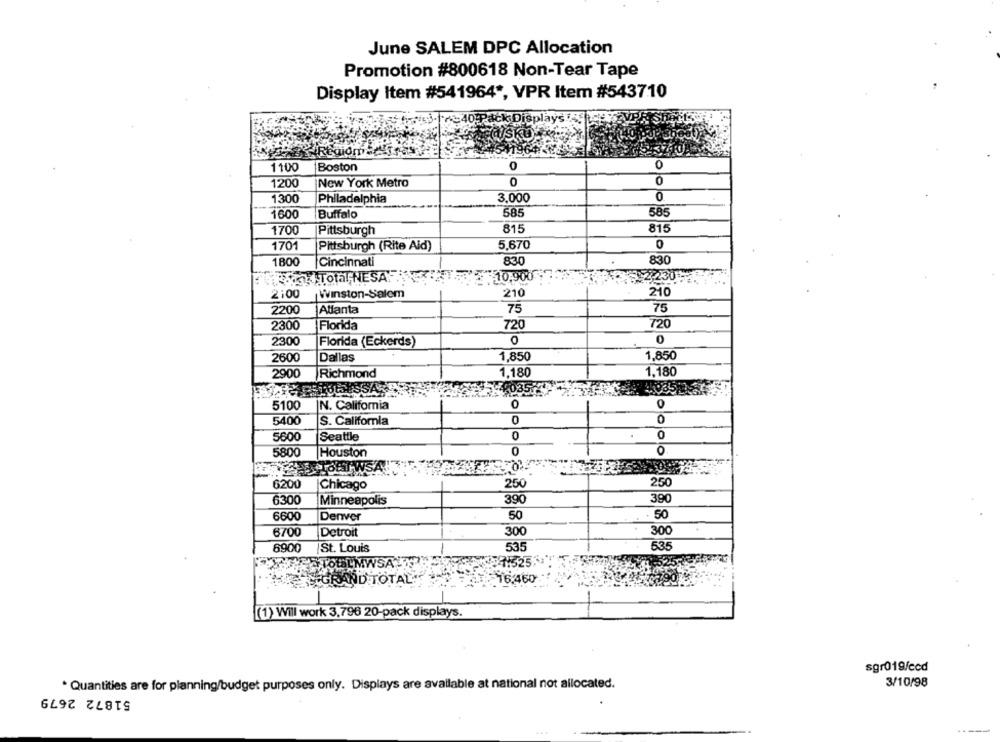
June SALEM DPC Allocation
Promotion #800618 Non-Tear Tape
Display Item #541964 *, VPR Item #543710
Display
PAST
0
1100
Boston
0
1200
New York Metro
0
0
1300
Philadelphia
3,000
0
1600
Buffalo
585
585
1700
Pittsburgh
815
815
5.670
0
1701
Pittsburgh (Rite Aid)
830
1800
Cincinnati
830
ROCK Total NESAF
10,900
$2,230:
2:00
Winston-Salem
210
210
2200
Atlanta
75
75
2300
Florida
720
720
2300
Florida (Eckerds)
0
0
2600
Dallas
1,850
1,850
1,180
2900
Richmond
1,180
440357
5100
IN. California
0
5400
S. California
5600
Seattle
0
0
5800
0
Olo
Houston
250
6200
Chicago
250
6300
Minneapolis
390
390
6600
Denver
50
50
6700
Detroit
300
300
6900
St. Louis
535
535
TOULMWSA!
7:525
16.460
AND TOTAL
[(1) Will work 3,796 20-pack displays.
sgr019/ccd
3/10/98
* Quantities are for planning/budget purposes only. Displays are available at national not allocated.
51872 2679